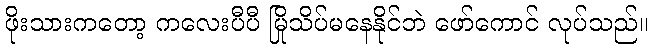
ဖိုးသားကတော့ ကလေးပီပီ မြိုသိပ်မနေနိုင်ဘဲ ဖော်ကောင် လုပ်သည်။